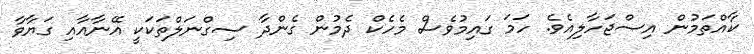
ކާއްތަމުން އިސްޖަހާލިއެވެ. ހަމަ ގައިމުވެސް މެހެކް ދެމުން ގެންދާ ސިގްނަލްތަކަކީ އޭނާއާއި ގަޔާވާ